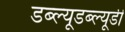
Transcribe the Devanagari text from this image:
डब्ल्यूडब्ल्यूडी